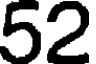
52